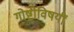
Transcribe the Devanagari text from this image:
गोष्टीविषयीं